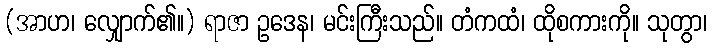
(အာဟ၊ လျှောက်၏။) ရာဇာ ဥဒေန၊ မင်းကြီးသည်။ တံကထံ၊ ထိုစကားကို။ သုတွာ၊